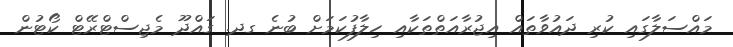
މައްސަލާގައި ކުރި ދައުވާތައް އިޖުރާއަތްތަކާއި ހިލާފުކަމަށް ބުނެ ގދ. ގައްދޫ މެޖިސްޓްރޭޓް ކޯޓުން